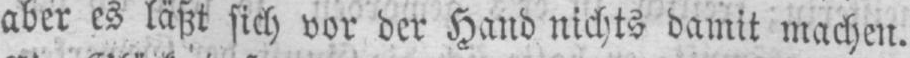
aber es läßt sich vor der Hand nichts damit machen.